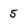
Character: 5